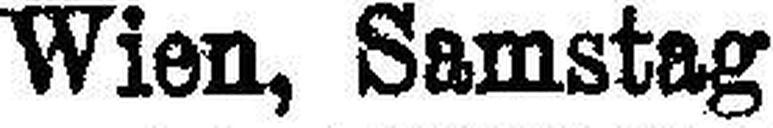
Wien, Samstag